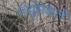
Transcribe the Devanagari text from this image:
ज्यूंमधले